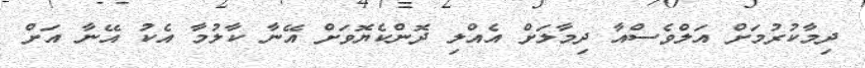
ދިމާކުރުމަށް އަލްވެސްއާ ދިމާލަށް އެއްލި ދޮންކެޔޮވަށް އޭނާ ކާލުމާ އެކު އޭނާ އަށް